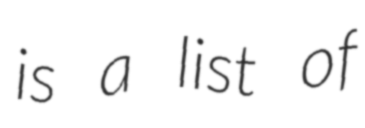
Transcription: is a list of